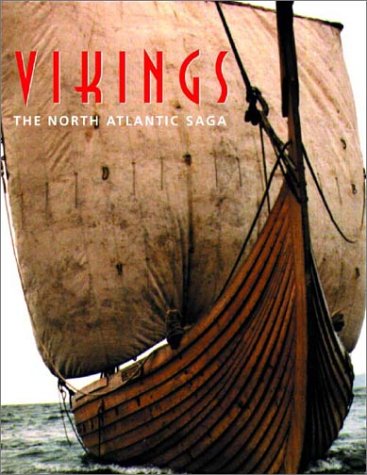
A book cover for Vikings: The North Atlantic Saga; William W. Fitzhugh; History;